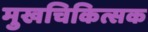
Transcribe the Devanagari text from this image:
मुखचिकित्सक